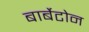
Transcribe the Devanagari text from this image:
बार्बेटोन